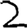
Digit: 2